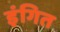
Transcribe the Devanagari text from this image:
इंगित